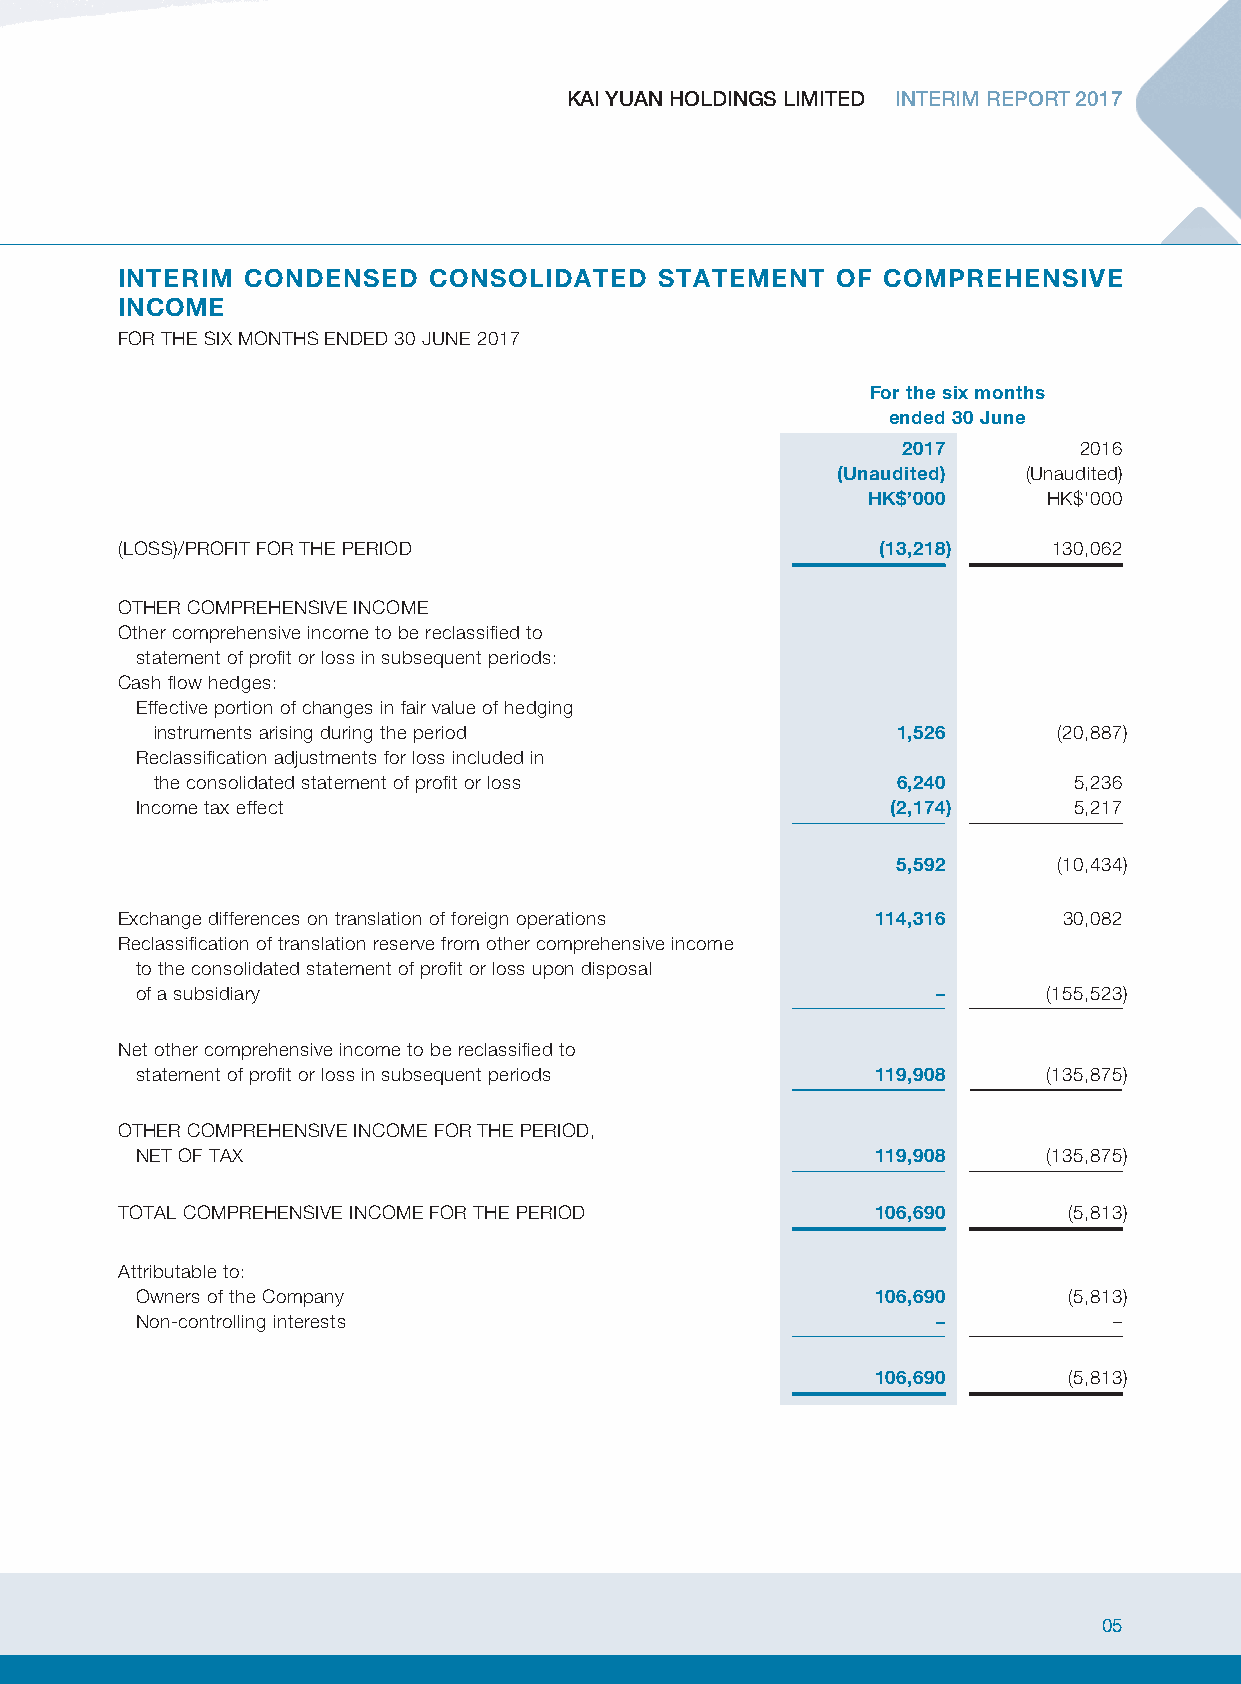
KAI YUAN HOLDINGS LIMITED INTERIM REPORT 2017
 INTERIM CONDENSED   CONSOLIDATED    STATEMENT  OF COMPREHENSIVE
 INCOME
 FOR THE SIX MONTHS ENDED 30 JUNE 2017
 For the six months
 ended 30 June
 2017       2016
 (Unaudited)  (Unaudited)
 HK$’000     HK$’000
 (LOSS)/PROFIT FOR THE PERIOD                      (13,218)    130,062
 OTHER COMPREHENSIVE INCOME
 Other comprehensive income to be reclassified to
 statement of profit or loss in subsequent periods:
 Cash flow hedges:
 Effective portion of changes in fair value of hedging
 instruments arising during the period            1,526      (20,887)
 Reclassification adjustments for loss included in
 the consolidated statement of profit or loss     6,240       5,236
 Income tax effect                                 (2,174)     5,217
 5,592      (10,434)
 Exchange differences on translation of foreign operations 114,316 30,082
 Reclassification of translation reserve from other comprehensive income
 to the consolidated statement of profit or loss upon disposal
 of a subsidiary                                      –      (155,523)
 Net other comprehensive income to be reclassified to
 statement of profit or loss in subsequent periods 119,908   (135,875)
 OTHER COMPREHENSIVE INCOME FOR THE PERIOD,
 NET OF TAX                                       119,908    (135,875)
 TOTAL COMPREHENSIVE INCOME FOR THE PERIOD         106,690      (5,813)
 Attributable to:
 Owners of the Company                            106,690      (5,813)
 Non-controlling interests                            –           –
 106,690      (5,813)
 05